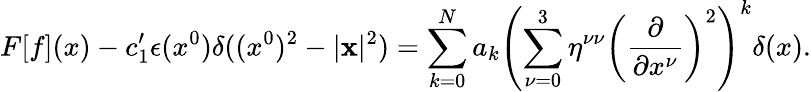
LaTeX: F[f](x)-c_{1}^{\prime}\epsilon(x^{0})\delta((x^{0})^{2}-|{\mathbf x}|^{2})=\sum_{k=0}^{N}a_{k}\left(\sum_{\nu=0}^{3}\eta^{\nu\nu}\left(\frac{\partial}{\partial x^{\nu}}\right)^{2}\right)^{k}\delta(x).